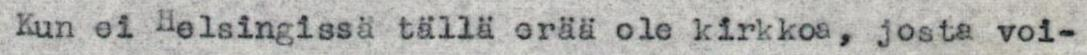
Kun ei Helsingissä tällä erää ole kirkkoa, josta voi-